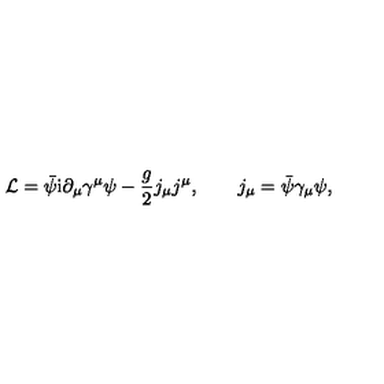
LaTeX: { \cal L } = \bar { \psi } \mathrm { i } \partial _ { \mu } \gamma ^ { \mu } \psi - \frac { g } { 2 } j _ { \mu } j ^ { \mu } , \quad \quad j _ { \mu } = \bar { \psi } \gamma _ { \mu } \psi ,